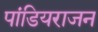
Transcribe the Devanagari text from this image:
पांडियराजन